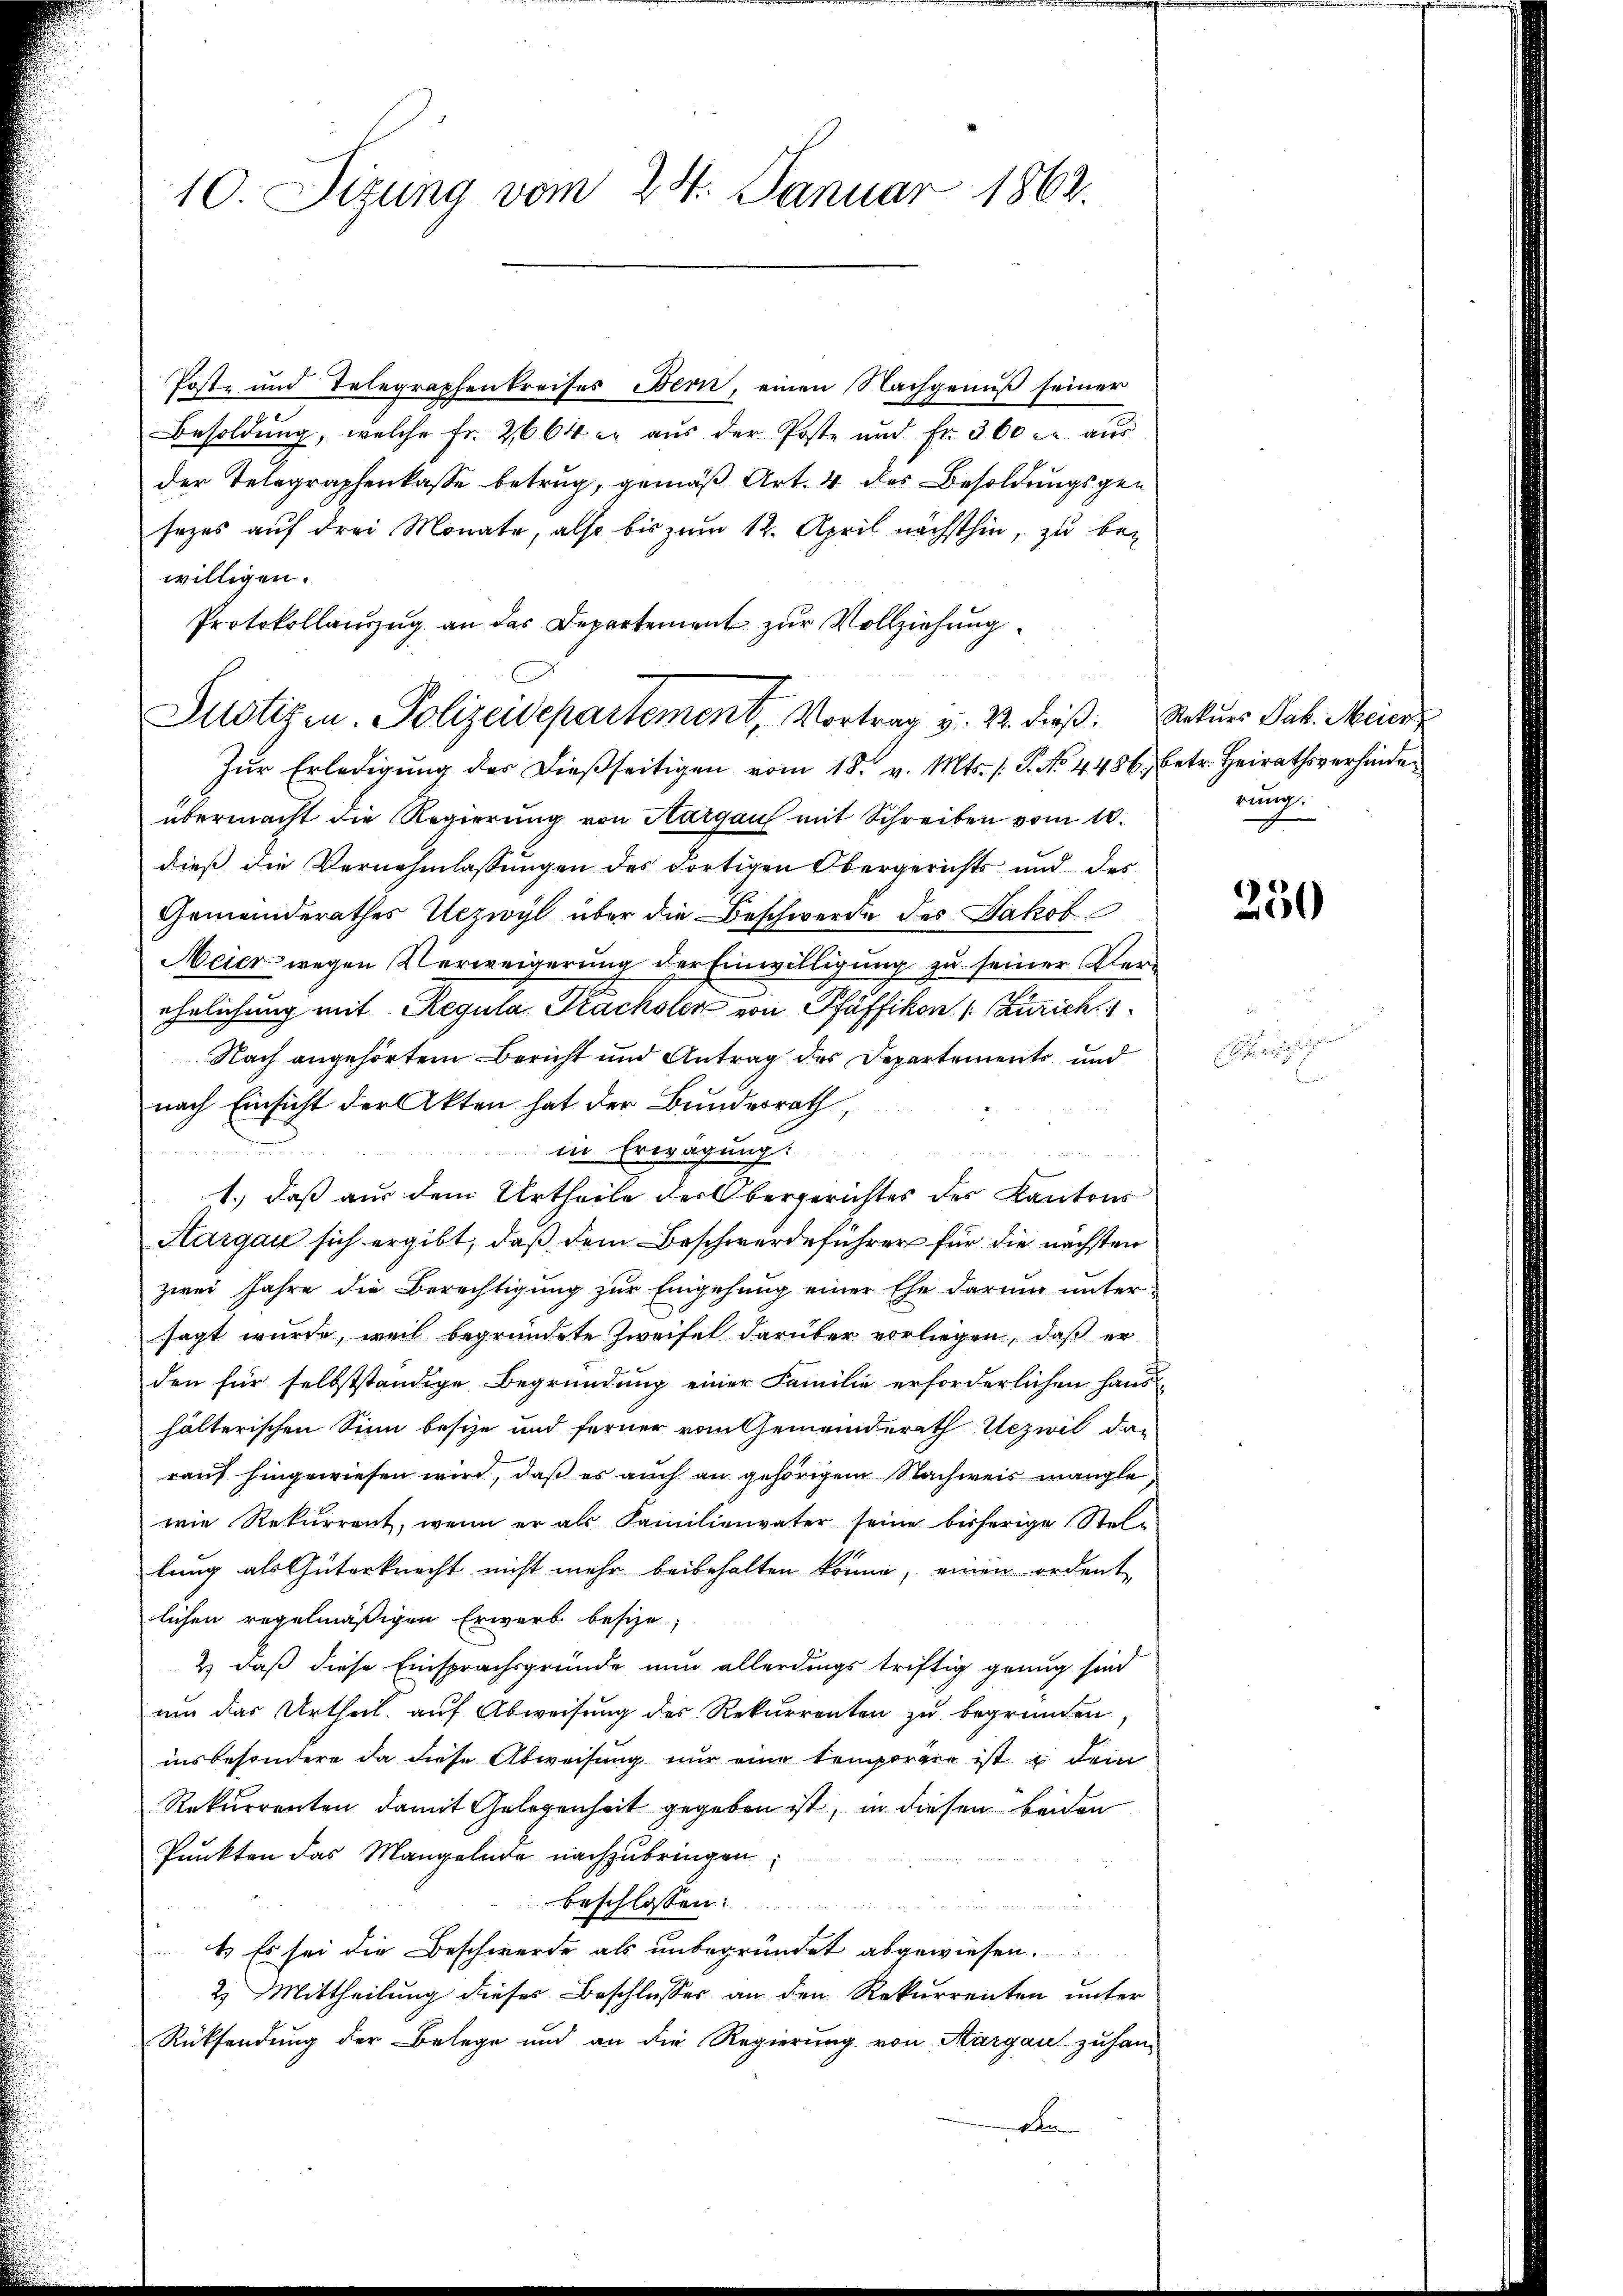
10. Sizung vom 24. Januar 1862.

Post- und Telegraphenkreises Bern, einen Nachgenuß seiner
Besoldung, welche fr. 2664 er aus der Poste und fr. 300 r. aŭs
der Telegraphenkasse betrug, gemäß Art. 4 des Besoldungsgen
sezes auf drei Monate, also bis zum 12. April nächsthin, zu be-
willigen.
Protokollanzug an das Departement zur Vollziehung
Zŭr Erledigŭng des dießseitigen vom 18. v. Mts. s. S. No. 4486, betr. Heirathsverhinder
übermacht die Regierŭng von Aargau mit Schreiben vom 10.
dieß die Vernehmlassungen des dortigen Obergerichts und der
Gemeinderathes Uezwyl über die Beschwerde des Jakob
Meier wegen Verweigerung der Einwilligung zu seiner Verehelichung mit Regula Prachsler von Pfäffikon (: Zürich. 1
Nach angehörtem Bericht und Antrag des Departements und
nach Einsicht der Akten hat der Bundesrath,
in Erwägung:
1.) daß aus dem Urtheile der Obergerichtes des Kantons
Hargau sich ergibt, daß dem Beschwerdeführer für die nächsten
zwei Jahre die Berechtigung zur Eingehung einer Ehe darum untersagt wurde, weil begründete Zweifel darüber vorliegen, daß er
den für selbstständige Begründung einer Familie erforderlichen Haus-
hälterischen Sinn besie und ferner vom Gemeinderath Uezwil dar
rauf hingewiesen wird, daß es auch an gehörigem Nachweis mangle
wie Rekurrent, wenn er als Familienvater seine bisherige Stellung als Güterknecht nicht mehr beibehalten könne, einen ordent
lichen regelmäßigen Erwarb besize,
& daß diese Einsprachsgründe nun allerdings triftig genug sind
ŭm das Urtheil aŭf Abweisŭng des Rekurrenten zŭ begründen,
insbesondere da diese Abweisung nur eine temporgen ist u. dem
Rekurrenten damit Gelegenheit gegeben ist, in diesen beiden
Punkten das Mangelnde nachzubringen,
beschlossen:
1) Es sei die Beschwerde als unbegründet abgewiesen.
2 Mittheilung dieses Beschlusses an den Rekurrenten unter
Rücksendung der Belege und an die Regierung von Aargau zu han-
den

Justizen. Polizeidepartement, Vortrag v. 22. dieß. Rekurs Jak. Meier

rung.

250